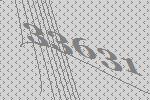
33631